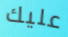
عليك